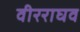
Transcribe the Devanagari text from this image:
वीरराघव